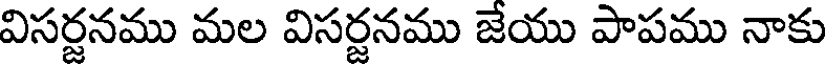
విసర్జనము మల విసర్జనము జేయు పాపము నాకు